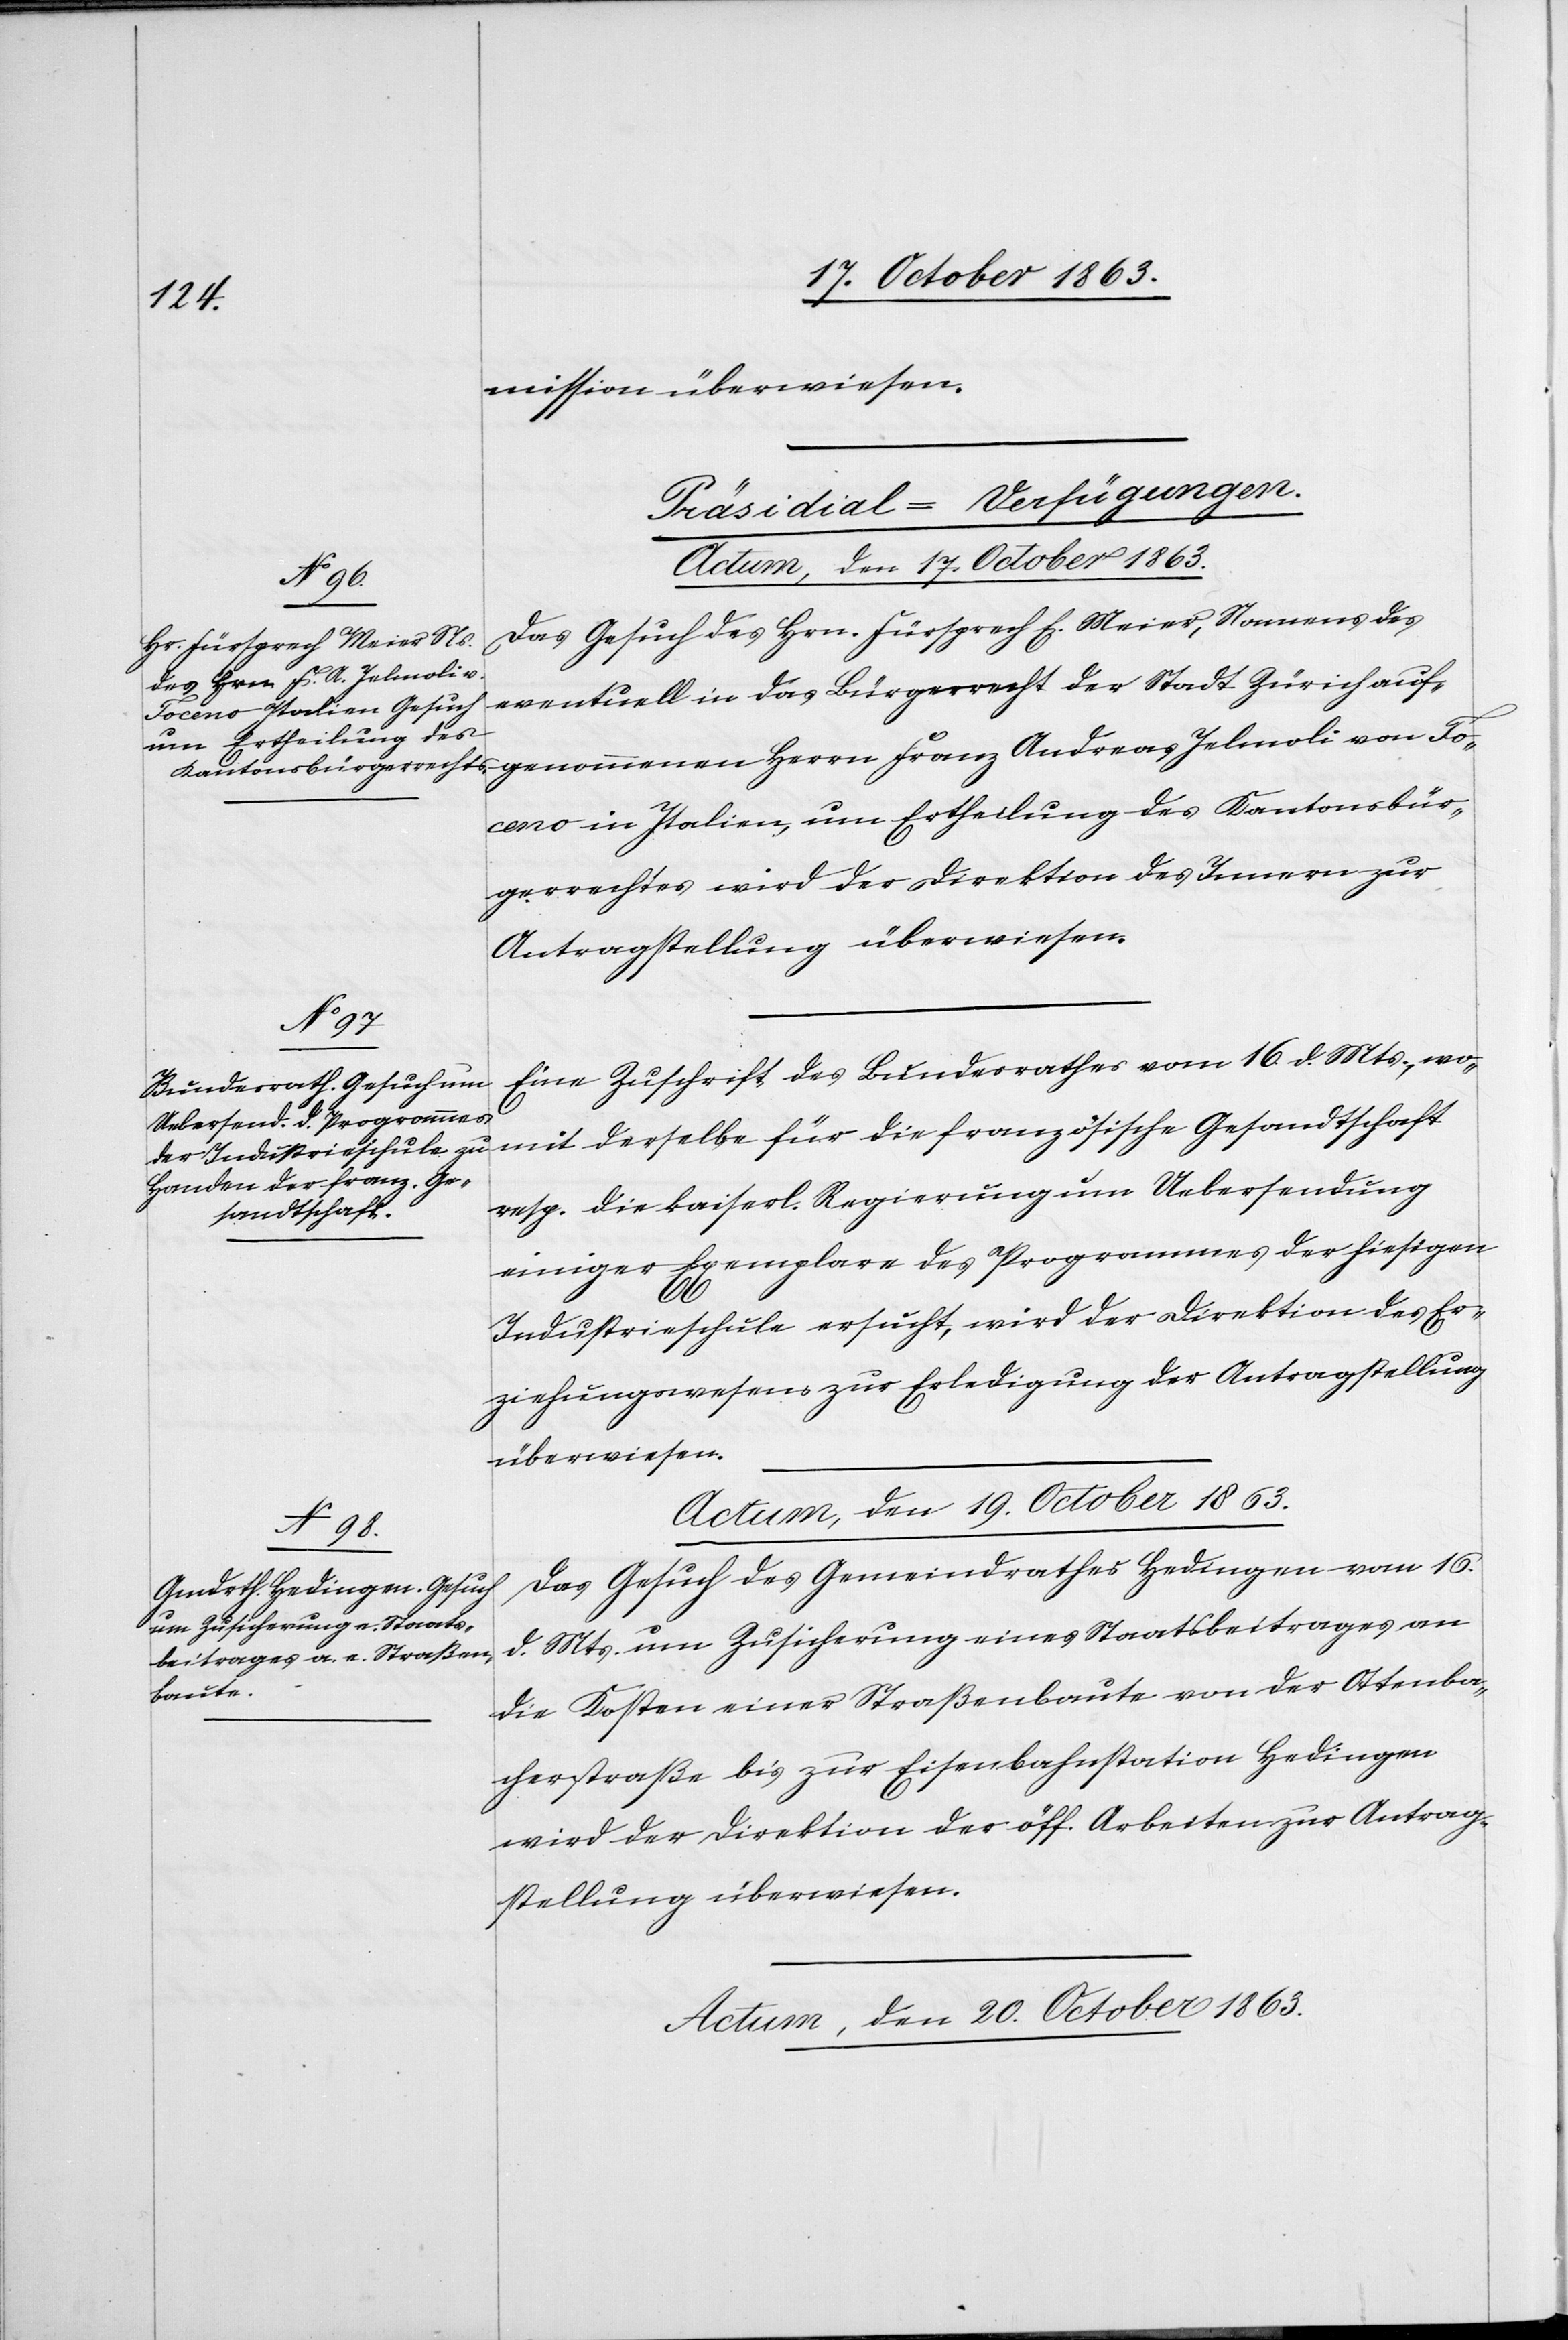
mission überwiesen.
[Präsidial-Verfügungen.]
Actum, den 19. October 1863.
Das Gesuch des Hrn. Fürsprech E. Meier, Namens des
eventuell in das Bürgerrecht der Stadt Zürich auf¬
Toceno in Italien, um Ertheilung des Kantonsbür¬
gerrechtes wird der Direktion des Innern zur
Antragstellung überwiesen.
Eine Zuschrift des Bundesrathes vom 16. d. Mts., wo¬
resp. die kaiserl. Regierung um Uebersendung
sandtschaft
einiger Exemplare des Programmes der hiesigen
Ge¬
Industrieschule ersucht, wird der Direktion des Er¬
ziehungswesens zur Erledigung der Antragstellung
überwiesen.
Das Gesuch des Gemeindrathes Hedingen vom 16.
d. Mts. um Zusicherung eines Staatsbeitrages an
für die
die Kosten einer Straßenbaute von der Ottenba¬
cherstraße bis zur Eisenbahnstation Hedingen
wird der Direktion der öff. Arbeiten zur Antrag¬
stellung überwiesen.
Actum, den 20. October 1863.